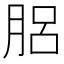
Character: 𦛗